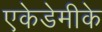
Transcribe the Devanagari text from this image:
एकेडेमीके